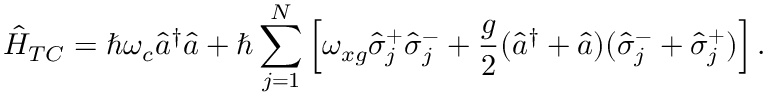
\hat { H } _ { T C } = \hbar \omega _ { c } \hat { a } ^ { \dagger } \hat { a } + \hbar \sum _ { j = 1 } ^ { N } \left[ \omega _ { x g } \hat { \sigma } _ { j } ^ { + } \hat { \sigma } _ { j } ^ { - } + \frac { g } { 2 } ( \hat { a } ^ { \dagger } + \hat { a } ) ( \hat { \sigma } _ { j } ^ { - } + \hat { \sigma } _ { j } ^ { + } ) \right] .